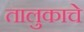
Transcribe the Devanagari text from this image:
तालुकाचे